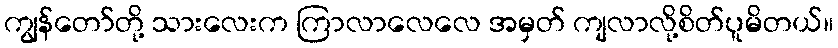
ကျွန်တော်တို့ သားလေးက ကြာလာလေလေ အမှတ် ကျလာလို့စိတ်ပူမိတယ်။